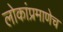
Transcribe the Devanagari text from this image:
लोकांप्रमाणेच